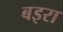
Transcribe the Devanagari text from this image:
बइरा